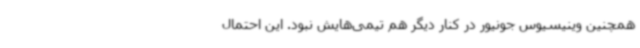
همچنین وینیسیوس جونیور در کنار دیگر هم تیمی‌هایش نبود. این احتمال